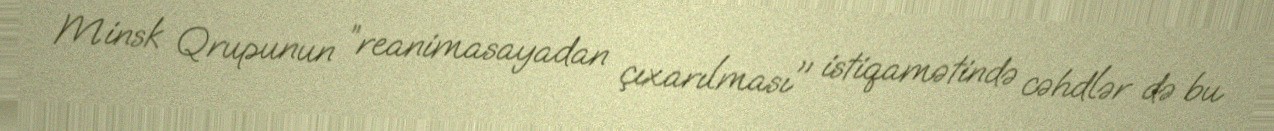
Minsk Qrupunun ”reanimasayadan çıxarılması" istiqamətində cəhdlər də bu